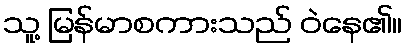
သူ့ မြန်မာစကားသည် ဝဲနေ၏။